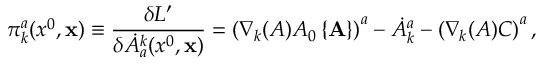
\pi _ { k } ^ { a } ( x ^ { 0 } , { \bf x } ) \equiv \frac { \delta L ^ { \prime } } { \delta \dot { A } _ { a } ^ { k } ( x ^ { 0 } , { \bf x } ) } = \left( \nabla _ { k } ( A ) A _ { 0 } \left\{ { \bf A } \right\} \right) ^ { a } - \dot { A } _ { k } ^ { a } - \left( \nabla _ { k } ( A ) C \right) ^ { a } ,